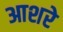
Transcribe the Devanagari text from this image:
आशरे